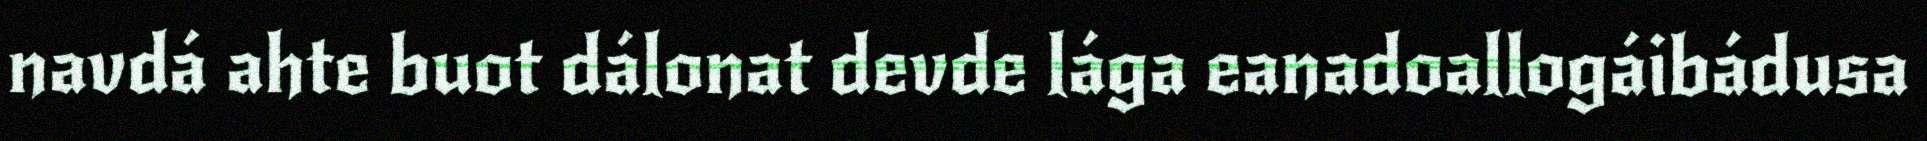
navdá ahte buot dálonat devde lága eanadoallogáibádusa